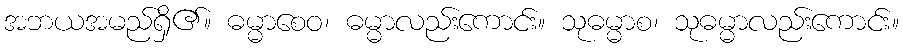
အဘယအမည်ရှိ၏။ ဓမ္မာစေဝ၊ ဓမ္မာလည်းကောင်း။ သုဓမ္မာစ၊ သုဓမ္မာလည်းကောင်း။